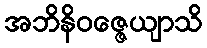
အဘိနိဝဇ္ဇေယျာသိ